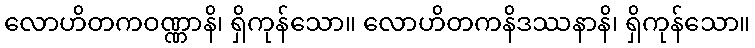
လောဟိတကဝဏ္ဏာနိ၊ ရှိကုန်သော။ လောဟိတကနိဒဿနာနိ၊ ရှိကုန်သော။